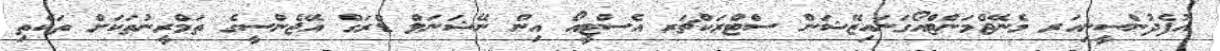
އުފެދުންސީނިއަރ މެނޭޖްމަންޓްއޯގަނައިޒޭޝަން ސްޓްރަކްޗަރ އެސްޓީއޯ އިން ނޭޝަނަލް ޑްރަގް އޭޖެންސީގެ ތަމްރީނުތަކަށް ތަކެތި